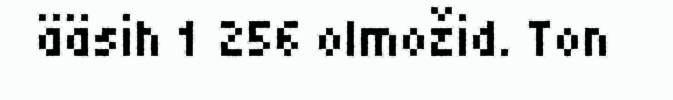
ääsih 1 256 olmožid. Ton